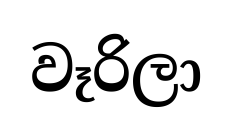
වෑරිලා